Civil Veterinary Department. Madras. Admin. report 1910-25 - 1910-1925
Year: 1910
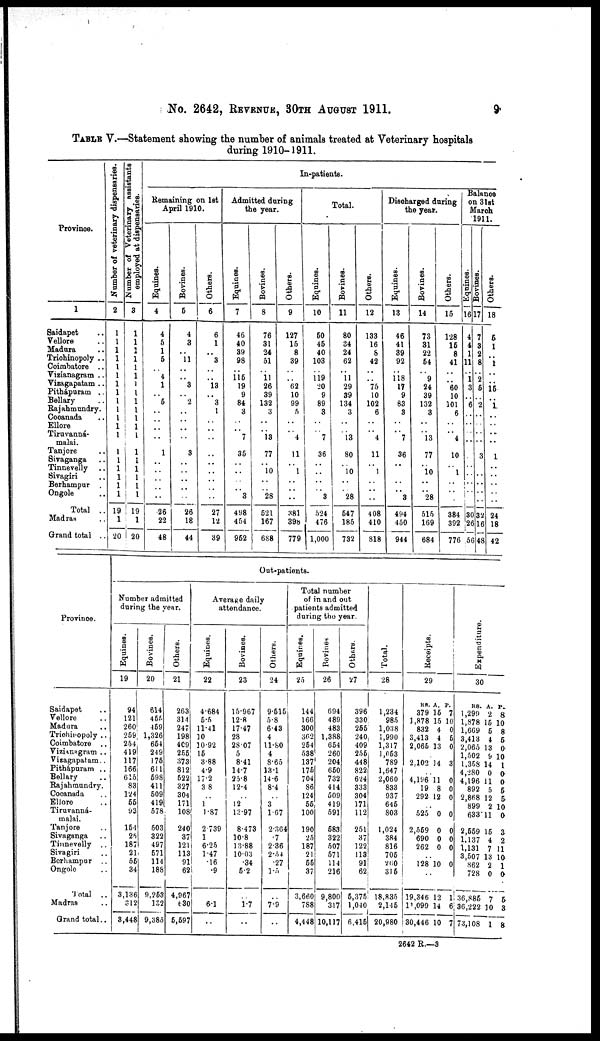
No. 2642, REVENUE, 30TH AUGUST 1911.
9
TABLE V.—Statement showing the number of animals treated at Veterinary hospitals
during 1910-1911.
Province.
1
Saidapet ..
Vellore ..
Madura ..
Trichinopoly ..
Coimbatore ..
Visianagram ..
Visagapatam ..
Pithápuram ..
Bellary ..
Rajahmundry.
Cocanada ..
Ellore ..
Tiruvanná-
malai.
Tanjore ..
Sivaganga ..
Tinnevelly ..
Sivagiri ..
Berhampur ..
Ongole ..
Total ..
Madras ..
Grand total ..
Number of veterinary dispensaries.
2
1
1
1
1
1
1
1
1
1
1
1
1
1
1
1
1
1
1
1
19
1
20
Number of Veterinary assistants
employed at dispensaries.
3
1
1
1
1
1
1
1
1
1
1
1
1
1
1
1
1
1
1
1
19
1
20
In-patients.
Remaining on 1st
April 1910.
Equines.
4
4
6
1
6
..
4
1
..
6
..
..
..
..
1
..
..
..
..
..
26
22
48
Bovines.
6
4
3
..
11
..
..
3
..
2
..
..
..
..
3
..
..
..
....
..
26
18
44
Others.
6
6
1
..
3
..
..
13
..
3
1
..
..
..
..
..
..
..
..
..
27
12
39
Admitted during
the year.
Equines.
7
46
40
39
98
..
116
19
9
84
3
..
..
7
35
..
..
..
..
3
498
454
962
Bovines.
8
76
31
24
61
..
11
26
39
132
3
..
..
18
77
..
10
..
..
28
521
167
688
Others.
9
127
15
8
39
..
..
62
10
99
5
..
..
4
11
..
1
..
..
..
381
398
779
Total.
Equines.
10
60
46
40
103
..
119
20
9
89
3
..
..
7
36
....
..
..
..
8
524
476
1,000
Bovines.
11
80
34
24
62
..
11
29
39
134
3
..
..
13
80
..
10
..
..
28
547
185
732
Others.
12
133
16
8
42
..
..
75
10
102
6
..
..
4
11
..
1
..
..
..
408
410
818
Discharged during
the year.
Equines.
13
46
41
39
92
..
118
17
9
83
3
..
..
7
36
..
..
..
..
3
494
450
944
Bovines.
14
73
31
22
64
..
9
24
39
132
3
..
..
13
77
..
10
..
..
28
515
169
684
Others.
15
128
16
8
41
..
..
60
10
101
6
..
..
4
10
..
1
..
..
..
384
392
776
Balance
on 3lst
March
1911.
Equines.
16
4
4
1
11
..
1 3
..
6
..
..
..
..
..
..
..
..
..
30
26
56
Bovines.
17
7
8
2
8
..
2
5
..
2
..
..
..
..
3
..
..
..
..
..
32
316
48
Others.
18
5
1
..
1
..
..
15
..
1
..
..
..
..
1
..
..
..
..
..
24
18
42
Province.
Saidapet ..
Vellore ..
Madura ..
Trichinopoly ..
Coimbatore ..
Vizianagram ..
Vizagapatam ..
Pithápuram ..
Bellary ..
Rajahmundry.
Cocanada ..
Elloro ..
Tiruvanná-
malai.
Tanjore ..
Sivaganga ..
Tinnevelly ..
Sivagiri ..
Berhampur ..
Ongole ..
Total ..
Madras ..
Grand total ..
Out-patients.
Number admitted
during the year.
Equines.
19
94
121
260
259
254
419
117
166
615
83
124
66
93
164
26
187
21
55
34
3,136
012
8,448
Bovines.
20
614
455
469
1,326
664
249
175
611
698
411
509
419
578
503
322
497
571
114
188
9,253
132
9,385
Others.
21
263
314
247
198
409
256
373
812
522
327
304
171
108
240
37
121
113
91
62
4,967
630
6,697
Average daily
attendance.
Equines.
22
4.684
6.5
11.41
10
10.92
15
3.88
4.9
17.2
38
..
1
1.87
2739
1
6.25
1.47
16
.9
6.1
..
Bovines.
23
15.967
12.8
17.47
28
2807
5
8.41
14.7
25.8
12.4
..
12
12.97
8.473
10.8
13.88
10.03
.34
6.2
1.7
..
Others.
24
9.616
5.8
6.43
4
11.80
4
8.65
131
14.6
8.4
..
3
1 67
2.364
.7
2.36
2.54
.27
1.5
79
..
Total number
of in and out
patients admitted
during the year.
Equines.
25
144
166
300
302
264
538
137
176
704
86
124
55
100
190
25
187
21
66
37
3,660
788
4,448
Bovines
26
694
489
483
1,388
654
260
204
660
732
414
509
419
591
683
322
507
571
114
216
9,800
317
10,117
Others.
27
396
330
266
240
409
256
448
822
624
333
304
171
112
251
37
122
118
91
62
6,375
1,040
6.416
Total.
28
1,234
985
1,038
1,990
1,317
1,063
789
1,647
2,060
833
937
646
803
1,024
384
816
705
260
315
18,835
2,146
20,980
Receipts.
29
Rs.
379
1,878
832
3,413
2,066
..
2,102
..
4,196
19
292
..
525
2,569
690
262
..
128
..
19,346
11,099
30,446
A.
15
15
4
4
13
14
11
8
12
0
0
0
0
10
12
14
10
P.
7
10
0
5
0
3
0
0
0
0
0
0
0
0
1
6
7
Expe ndi t
ur e
30
Rs.
1,299
1,878
1,669
3,413
2,065
1,502
1.358
4,280
4,196 3
892
2,868
899
633
2,559
1.137
1,131
3,607
862
728
36,885
36,222
73,108
A.
2
15
6
4
13
9
14
0
11
5
12
2
11
15
4
7
13
2
0
7
10
1
P.
8
10
8
6
0
10
1
0.
0
6
5
10
0
3
2
11
1ft
1
0
5
8
8
2642 R.—3